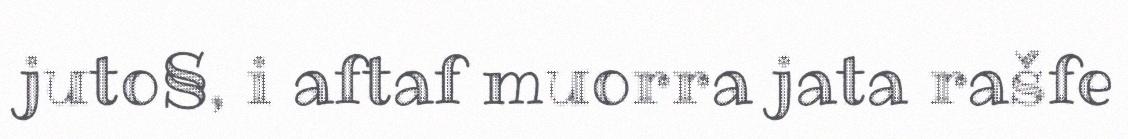
juto§, i aftaf muorra jata rašfe